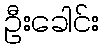
ဦးခေါင်း